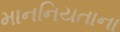
માનનિયતાના